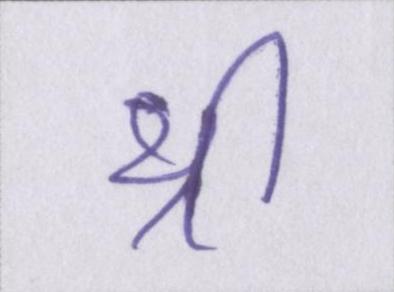
थ्री